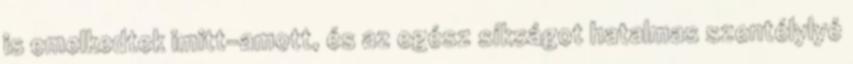
is emelkedtek imitt-amott, és az egész síkságot hatalmas szentélylyé